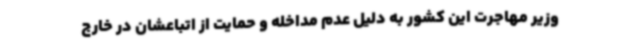
وزیر مهاجرت این کشور به دلیل عدم مداخله و حمایت از اتباعشان در خارج